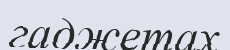
гаджетах